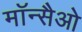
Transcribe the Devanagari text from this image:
मॉन्सैओ